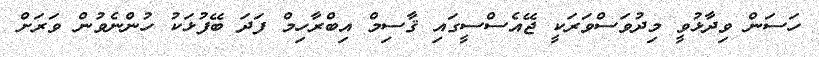
ހަސަން ވިދާޅުވީ މިދުވަސްވަރަކީ ޖޭއެސްސީގައި ޤާސިމް އިބްރާހިމް ފަދަ ބޭފުޅަކު ހުންނެވުން ވަރަށް